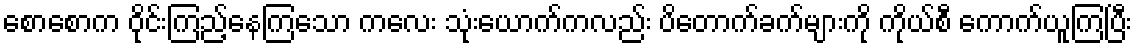
စောစောက ဝိုင်းကြည့်နေကြသော ကလေး သုံးယောက်ကလည်း ပိတောက်ခက်များကို ကိုယ်စီ ကောက်ယူကြပြီး